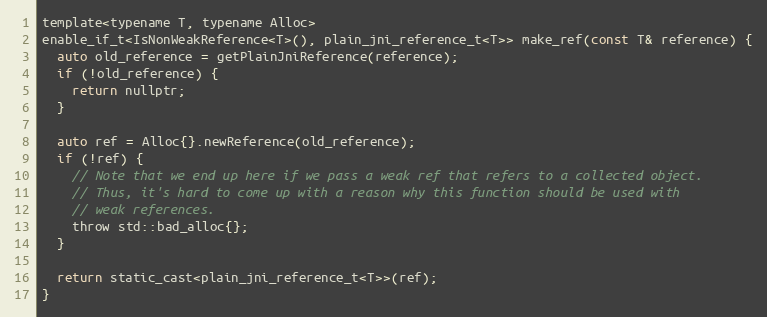
Language: C
template<typename T, typename Alloc>
enable_if_t<IsNonWeakReference<T>(), plain_jni_reference_t<T>> make_ref(const T& reference) {
  auto old_reference = getPlainJniReference(reference);
  if (!old_reference) {
    return nullptr;
  }

  auto ref = Alloc{}.newReference(old_reference);
  if (!ref) {
    // Note that we end up here if we pass a weak ref that refers to a collected object.
    // Thus, it's hard to come up with a reason why this function should be used with
    // weak references.
    throw std::bad_alloc{};
  }

  return static_cast<plain_jni_reference_t<T>>(ref);
}